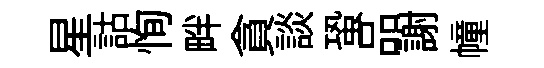
星詁恂畔貪談蛩品謝幢